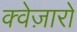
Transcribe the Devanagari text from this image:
क्वेज़ारों